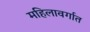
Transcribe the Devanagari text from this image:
महिलावर्गात